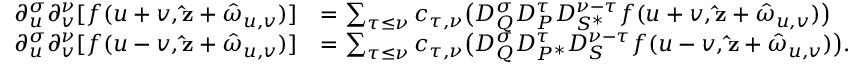
\begin{array} { r l } { \partial _ { u } ^ { \sigma } \partial _ { v } ^ { \nu } [ f ( u + v , \mathbf { \hat { z } } + \boldsymbol { \hat { \omega } } _ { u , v } ) ] } & { = \sum _ { \tau \le \nu } c _ { \tau , \nu } \big ( D _ { Q } ^ { \sigma } D _ { P } ^ { \tau } D _ { S ^ { * } } ^ { \nu - \tau } f ( u + v , \mathbf { \hat { z } } + \boldsymbol { \hat { \omega } } _ { u , v } ) \big ) } \\ { \partial _ { u } ^ { \sigma } \partial _ { v } ^ { \nu } [ f ( u - v , \mathbf { \hat { z } } + \boldsymbol { \hat { \omega } } _ { u , v } ) ] } & { = \sum _ { \tau \le \nu } c _ { \tau , \nu } \big ( D _ { Q } ^ { \sigma } D _ { P ^ { * } } ^ { \tau } D _ { S } ^ { \nu - \tau } f ( u - v , \mathbf { \hat { z } } + \boldsymbol { \hat { \omega } } _ { u , v } ) \big ) . } \end{array}